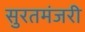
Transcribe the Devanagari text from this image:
सुरतमंजरी